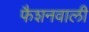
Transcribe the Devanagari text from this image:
फैशनवाली